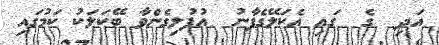
އަދި  ގެ  ގައި އެކަލޭގެފާނު  އުފުލިގެންވާ ބޭކަލަކު ކަމުގައި